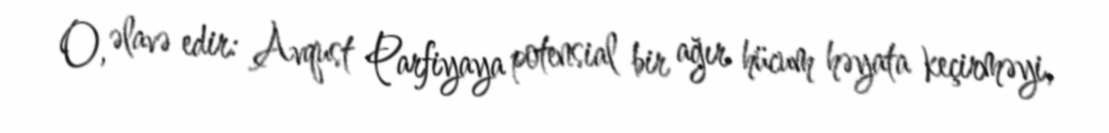
O, əlavə edir: Avqust Parfiyaya potensial bir ağır hücum həyata keçirməyi,